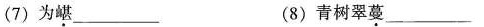
(7)为嵁___(8)青树翠蔓___